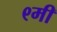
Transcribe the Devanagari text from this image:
९मी